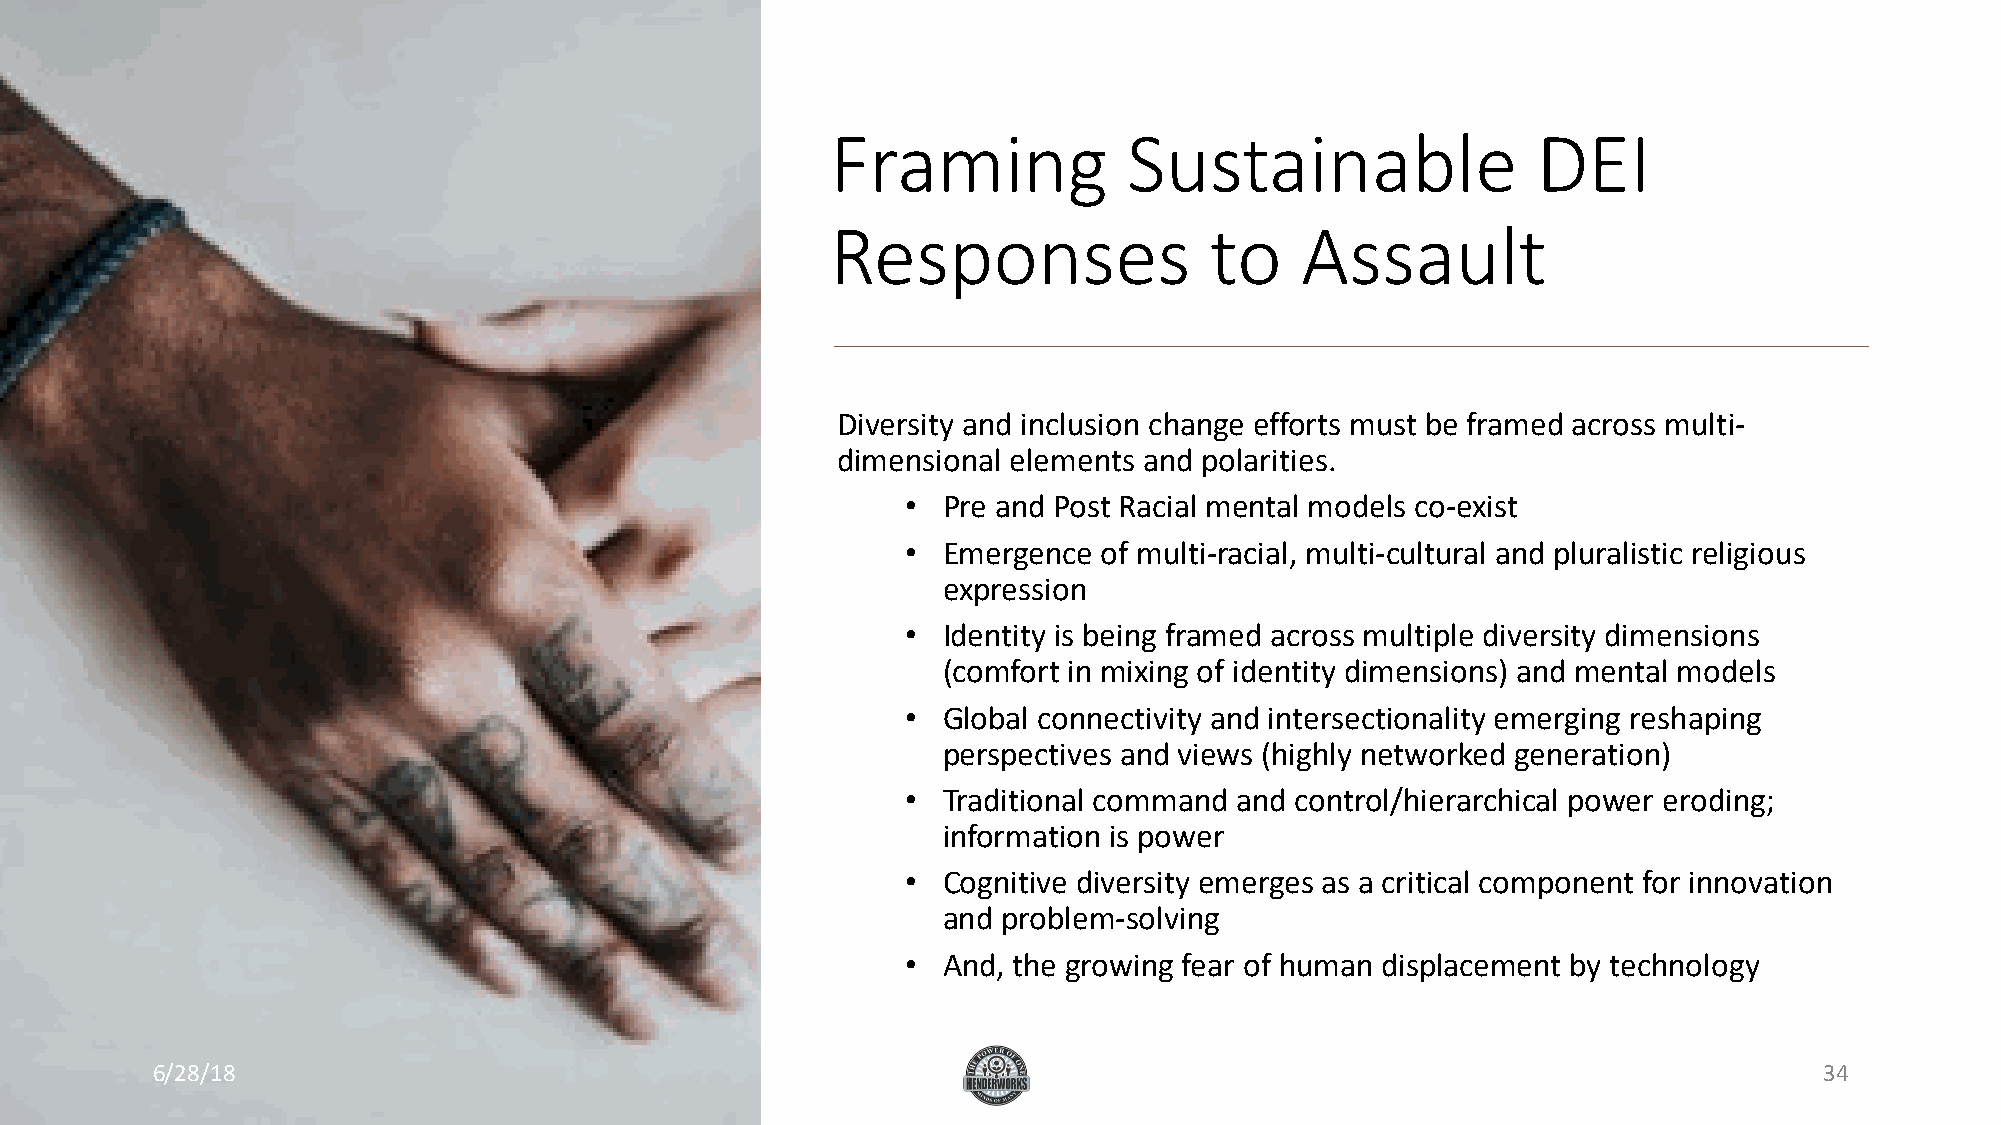
Framing             Sustainable                DEI
 Responses                to    Assault
 Diversity and inclusion change efforts must be framed across multi-
 dimensional elements and polarities.
 • Pre and Post Racial mental models co-exist
 • Emergence  of multi-racial, multi-cultural and pluralistic religious
 expression
 • Identity is being framed across multiple diversity dimensions
 (comfort in mixing of identity dimensions) and mental models
 • Global connectivity and intersectionality emerging reshaping
 perspectives and views (highly networked generation)
 • Traditional command and control/hierarchical power eroding;
 information is power
 • Cognitive diversity emerges as a critical component for innovation
 and problem-solving
 • And, the growing fear of human displacement by technology
 6/28/18                                                                                                        34